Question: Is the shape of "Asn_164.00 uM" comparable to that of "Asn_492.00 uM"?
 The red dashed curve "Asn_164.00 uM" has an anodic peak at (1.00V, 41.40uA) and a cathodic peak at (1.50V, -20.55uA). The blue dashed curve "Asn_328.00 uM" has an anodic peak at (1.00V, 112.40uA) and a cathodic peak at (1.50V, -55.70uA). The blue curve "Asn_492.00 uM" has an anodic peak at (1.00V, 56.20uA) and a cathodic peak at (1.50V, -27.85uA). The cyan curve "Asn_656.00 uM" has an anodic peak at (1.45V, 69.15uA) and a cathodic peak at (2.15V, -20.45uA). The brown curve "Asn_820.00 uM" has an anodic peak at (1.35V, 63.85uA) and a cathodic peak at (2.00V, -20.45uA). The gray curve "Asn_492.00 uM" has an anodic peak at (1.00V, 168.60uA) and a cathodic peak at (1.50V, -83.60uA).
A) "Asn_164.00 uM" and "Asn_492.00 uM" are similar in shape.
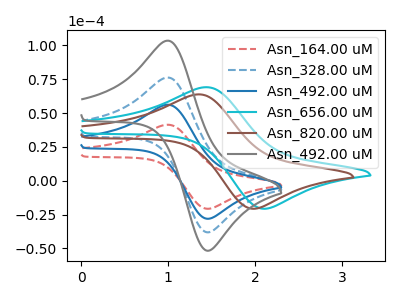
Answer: <think>All the peaks in "Asn_164.00 uM" have a peak in "Asn_492.00 uM" at the same potential. Every peak in "Asn_164.00 uM" is lower than every peak in "Asn_492.00 uM".
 </think>
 <answer>A) "Asn_164.00 uM" and "Asn_492.00 uM" are similar in shape.</answer>
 <eval>A</eval>